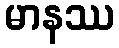
မာနဿ